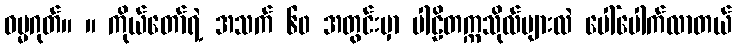
ဓမ္မဂုတ်။ ။ ကိုယ်တော်ရဲ့ အသက် ၆၀ အတွင်းမှာ ပါဠိတက္ကသိုလ်များလဲ ပေါ်ပေါက်လာတယ်